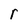
Character: r